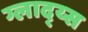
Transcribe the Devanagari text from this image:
ग्लाद्य्स